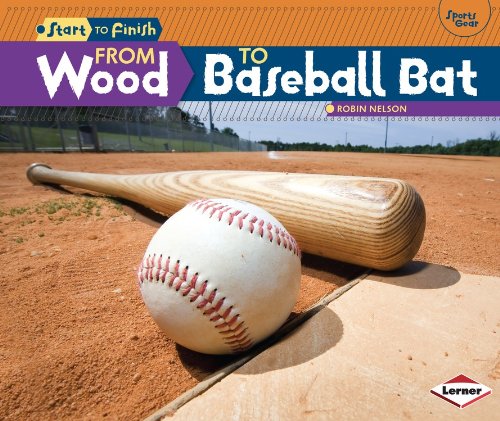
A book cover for From Wood to Baseball Bat (Start to Finish: Sports Gear); Robin Nelson; Children's Books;